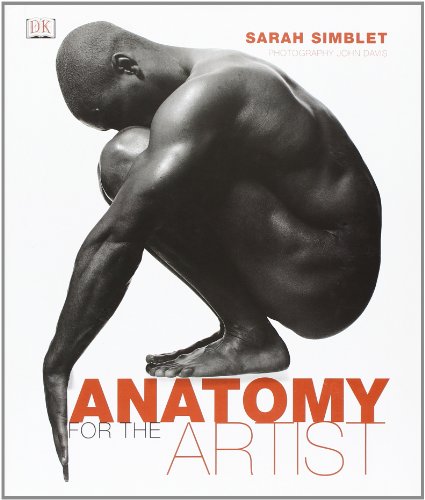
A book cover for Anatomy for the Artist; Sarah Simblet; Arts & Photography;